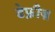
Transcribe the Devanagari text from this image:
डेफ्रीज़